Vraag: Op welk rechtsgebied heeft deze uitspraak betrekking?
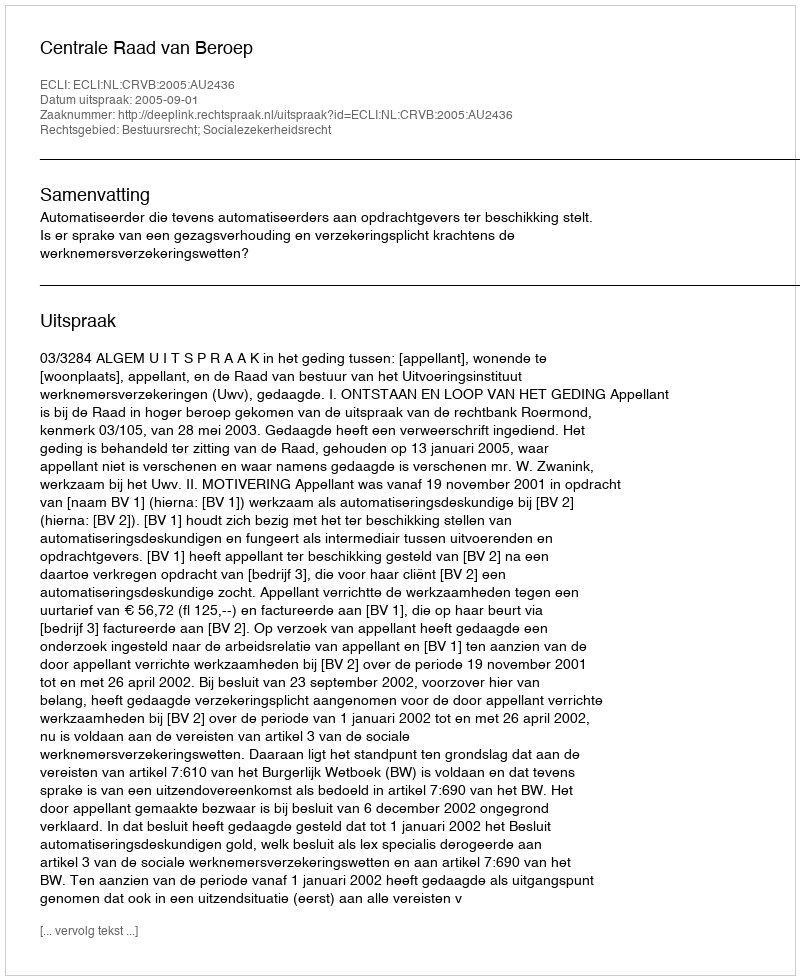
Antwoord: Bestuursrecht; Socialezekerheidsrecht